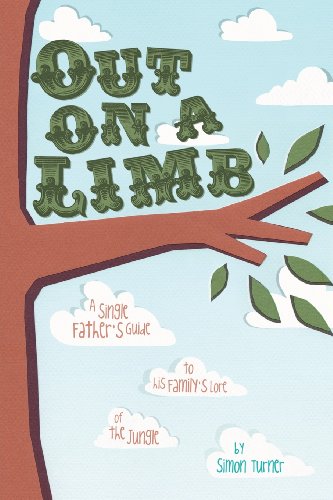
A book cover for Out on a Limb: A Single Father's Guide to His Family's Lore of the Jungle; Simon James Turner; Parenting & Relationships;